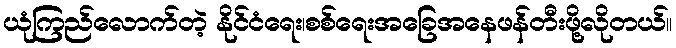
ယုံကြည်လောက်တဲ့ နိုင်ငံရေး၊စစ်ရေးအခြေအနေဖန်တီးဖို့လိုတယ်။